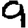
Digit: 9